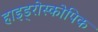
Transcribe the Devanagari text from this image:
हाइड्रोस्कोपिक